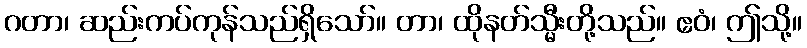
ဂတာ၊ ဆည်းကပ်ကုန်သည်ရှိသော်။ တာ၊ ထိုနတ်သ္မီးတို့သည်။ ဧဝံ၊ ဤသို့။